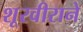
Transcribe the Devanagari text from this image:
शूरवीराने